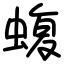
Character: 蝮